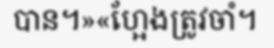
បាន។»«ហ្អែងត្រូវចាំ។